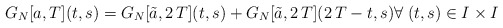
\begin{align*}G_N[a,T](t,s)=G_N[\tilde{a},2\,T](t,s)+G_N[\tilde{a},2\,T](2\,T-t,s) \forall \; (t,s)\in I \times I\end{align*}